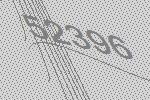
52396